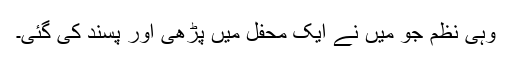
وہی نظم جو میں نے ایک محفل میں پڑھی اور پسند کی گئی۔